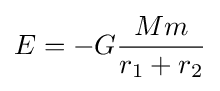
E=-G{\frac {Mm}{r_{1}+r_{2}}}